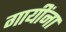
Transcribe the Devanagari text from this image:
गायींना